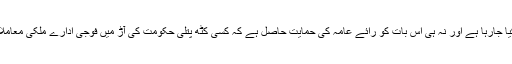
نہ تو سیاسی انجینئرنگ کے طریقہ کو قبول کیا جارہا ہے اور نہ ہی اس بات کو رائے عامہ کی حمایت حاصل ہے کہ کسی کٹھ پتلی حکومت کی آڑ میں فوجی ادارے ملکی معاملات چلانے کا اختیار اپنے قبضے میں لے لیں۔